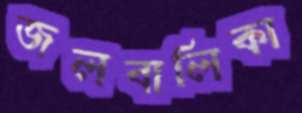
জলবালিকা